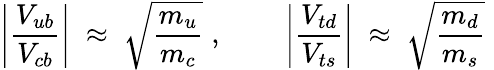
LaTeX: \left|\frac{V_{ub}}{V_{cb}}\right|\; \approx\; \sqrt{\frac{m_{u}}{m_{c}}}\; ,~~~~~~~~\left|\frac{V_{td}}{V_{ts}}\right|\; \approx\; \sqrt{\frac{m_{d}}{m_{s}}}\;